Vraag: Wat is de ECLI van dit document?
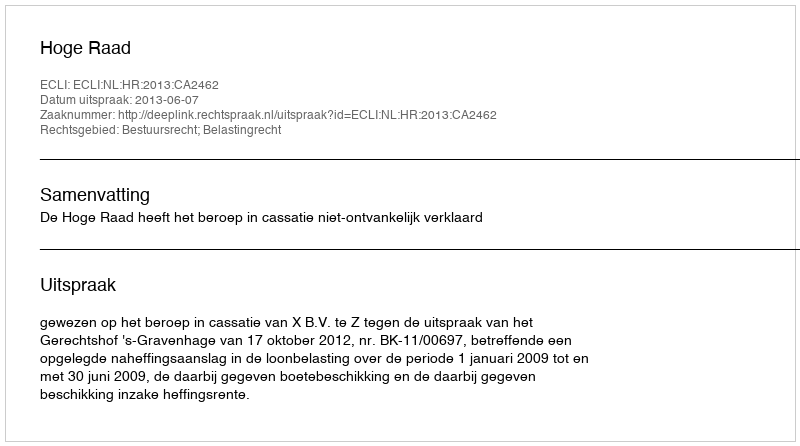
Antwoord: ECLI:NL:HR:2013:CA2462